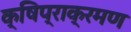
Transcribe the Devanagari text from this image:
क्षिप्राक्रमण